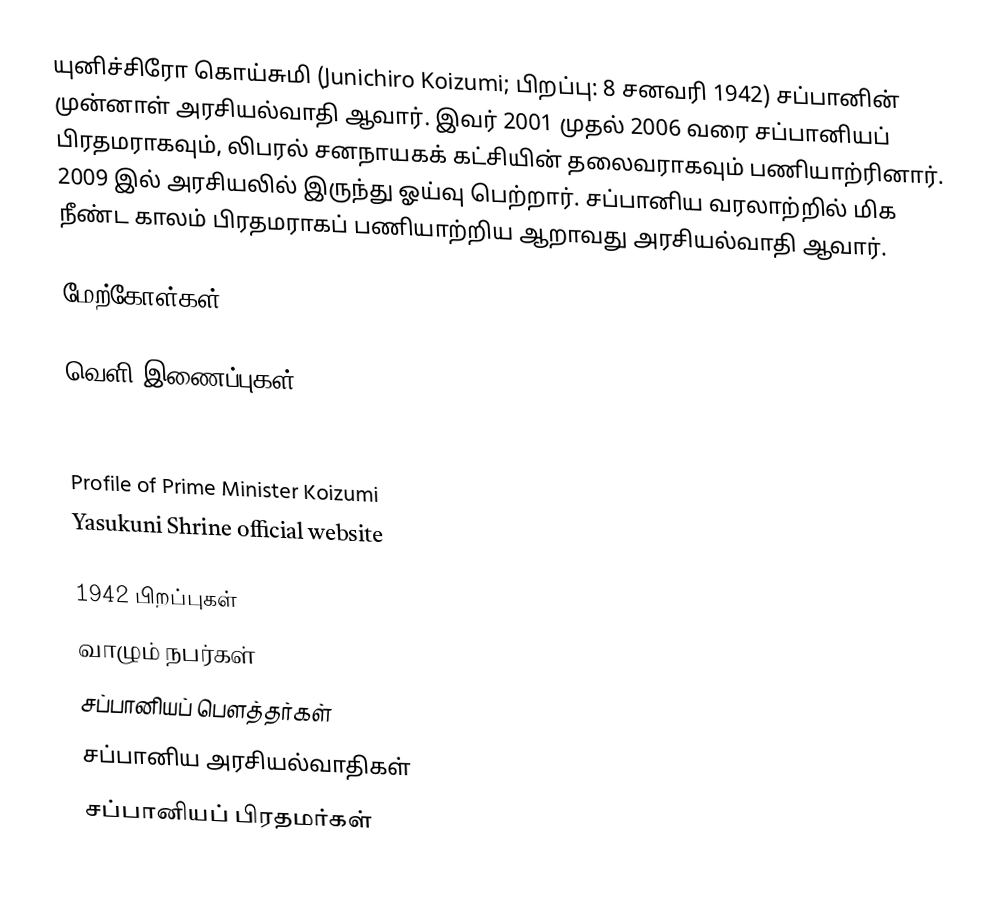
யுனிச்சிரோ கொய்சுமி (Junichiro Koizumi; பிறப்பு: 8 சனவரி 1942) சப்பானின் முன்னாள் அரசியல்வாதி ஆவார். இவர் 2001 முதல் 2006 வரை சப்பானியப் பிரதமராகவும், லிபரல் சனநாயகக் கட்சியின் தலைவராகவும் பணியாற்ரினார். 2009 இல் அரசியலில் இருந்து ஓய்வு பெற்றார்.  சப்பானிய வரலாற்றில் மிக நீண்ட காலம் பிரதமராகப் பணியாற்றிய ஆறாவது அரசியல்வாதி ஆவார்.

மேற்கோள்கள்

வெளி இணைப்புகள்

Speeches and Statements by Junichiro Koizumi
Profile of Prime Minister Koizumi
Yasukuni Shrine official website

1942 பிறப்புகள்
வாழும் நபர்கள்
சப்பானியப் பௌத்தர்கள்
சப்பானிய அரசியல்வாதிகள்
சப்பானியப் பிரதமர்கள்